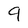
Character: 9